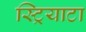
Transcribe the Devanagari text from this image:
स्ट्रियाटा